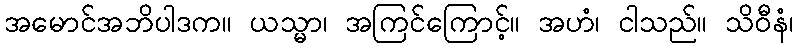
အမောင်အဘိပါဒက။ ယသ္မာ၊ အကြင်ကြောင့်။ အဟံ၊ ငါသည်။ သိဝီနံ၊